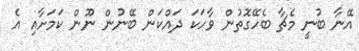
އޭނާ ބުނީ މެޗާ ބެހޭގޮތުން ވާހަކަ ދައްކަން ބޭނުން ނޫން ކަމަށާއި އެ